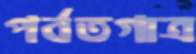
পর্বতগাত্র